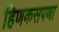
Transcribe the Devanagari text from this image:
हिणकसपणा